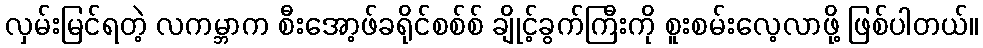
လှမ်းမြင်ရတဲ့ လကမ္ဘာက စီးအော့ဖ်ခရိုင်စစ်စ် ချိုင့်ခွက်ကြီးကို စူးစမ်းလေ့လာဖို့ ဖြစ်ပါတယ်။